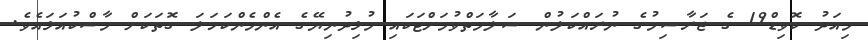
މިއަދު ކޮވިޑް19 ގެ ޖަރާސިމުގެ ނުރައްކަލުން ސަލާމަތްވުމަށްޓަކައި މުޅިދުނިޔޭގެ އެންމެންކަހަލަ ގޮތަކަށް މާސްކުއަޅައެވެ.